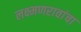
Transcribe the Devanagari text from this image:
लक्ष्मणरावांचा